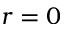
r = 0